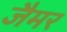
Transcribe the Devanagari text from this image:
जैमर